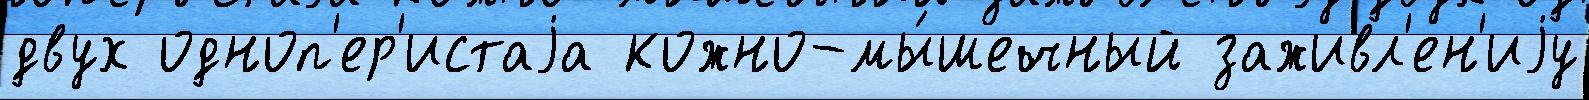
двух одноп'ер'истаjа кожно-мы́шечный заживл'ен'иjу